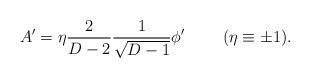
LaTeX: \begin{align*}A^{\prime}=\eta{2\over{D-2}}{1\over\sqrt{D-1}}\phi^{\prime}\ \ \ \ \ \ \ (\eta\equiv\pm 1).\end{align*}